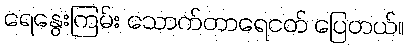
ရေနွေးကြမ်း သောက်တာရေငတ် ပြေတယ်။